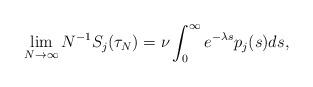
LaTeX: \begin{align*} \lim_{N \to \infty} N^{-1} S_j(\tau_N) = \nu \int_0^\infty e^{-\lambda s} p_j(s) ds,\end{align*}